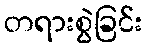
တရားစွဲခြင်း